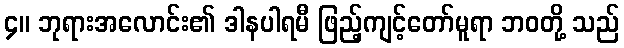
၄။ ဘုရားအလောင်း၏ ဒါနပါရမီ ဖြည့်ကျင့်တော်မူရာ ဘဝတို့ သည်